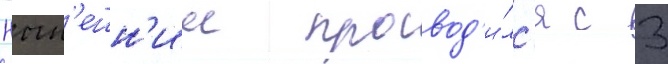
Нын'ешн'ии провод'и́лс'я с 3